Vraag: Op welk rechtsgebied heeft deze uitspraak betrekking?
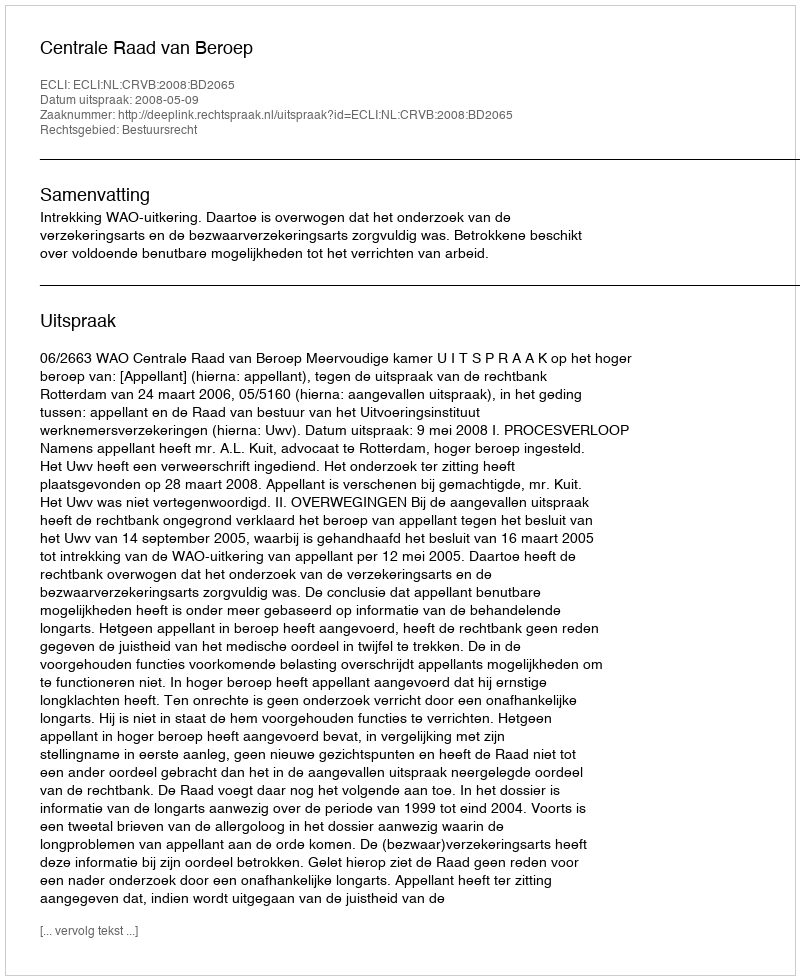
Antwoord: Bestuursrecht